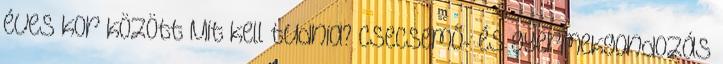
éves kor között Mit kell tudnia? Csecsemő- és gyermekgondozás